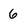
Character: 6